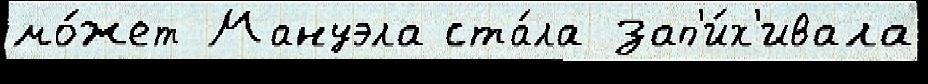
мо́жет Мануэла ста́ла зап'и́х'ивала